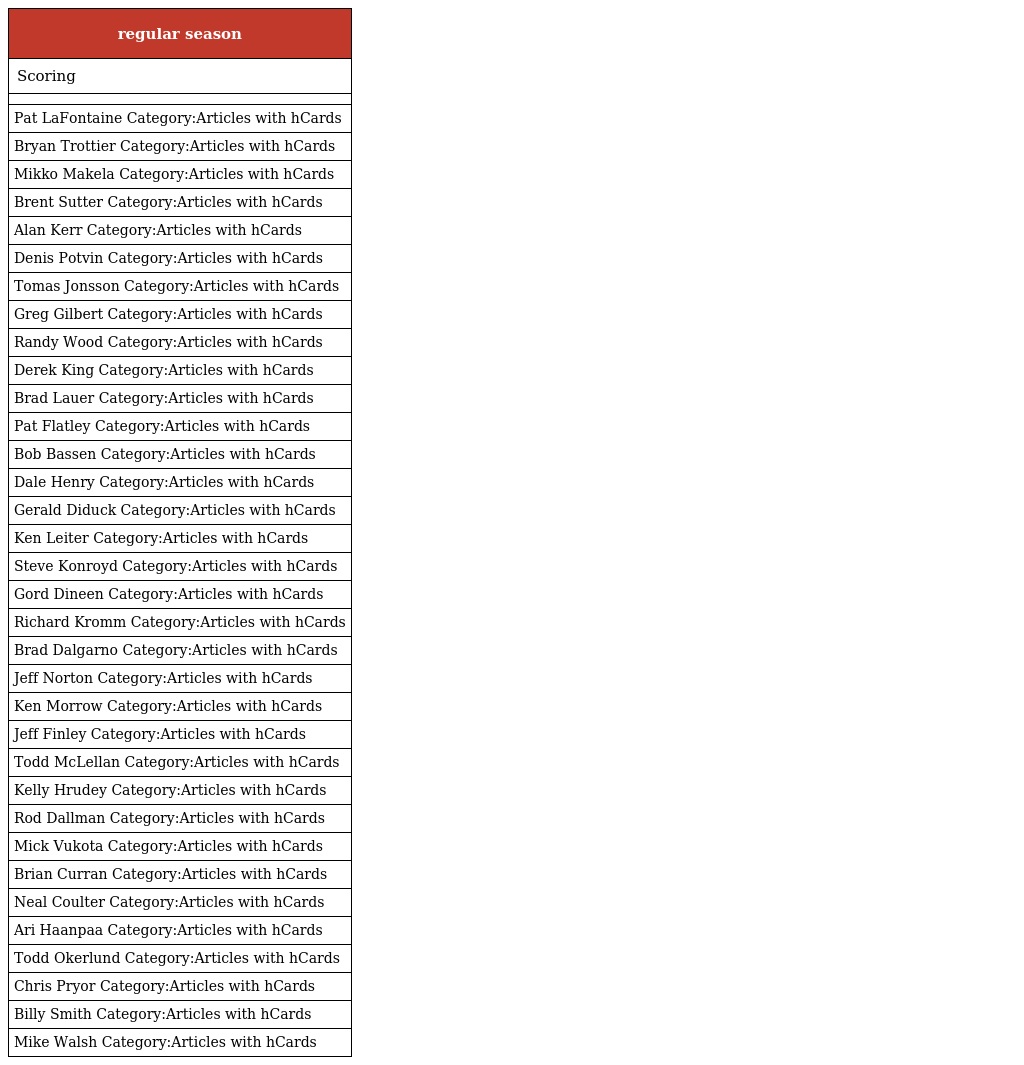
| regular season |
 | --- |
 | Scoring |
 |  |
 | Pat LaFontaine Category:Articles with hCards |
 | Bryan Trottier Category:Articles with hCards |
 | Mikko Makela Category:Articles with hCards |
 | Brent Sutter Category:Articles with hCards |
 | Alan Kerr Category:Articles with hCards |
 | Denis Potvin Category:Articles with hCards |
 | Tomas Jonsson Category:Articles with hCards |
 | Greg Gilbert Category:Articles with hCards |
 | Randy Wood Category:Articles with hCards |
 | Derek King Category:Articles with hCards |
 | Brad Lauer Category:Articles with hCards |
 | Pat Flatley Category:Articles with hCards |
 | Bob Bassen Category:Articles with hCards |
 | Dale Henry Category:Articles with hCards |
 | Gerald Diduck Category:Articles with hCards |
 | Ken Leiter Category:Articles with hCards |
 | Steve Konroyd Category:Articles with hCards |
 | Gord Dineen Category:Articles with hCards |
 | Richard Kromm Category:Articles with hCards |
 | Brad Dalgarno Category:Articles with hCards |
 | Jeff Norton Category:Articles with hCards |
 | Ken Morrow Category:Articles with hCards |
 | Jeff Finley Category:Articles with hCards |
 | Todd McLellan Category:Articles with hCards |
 | Kelly Hrudey Category:Articles with hCards |
 | Rod Dallman Category:Articles with hCards |
 | Mick Vukota Category:Articles with hCards |
 | Brian Curran Category:Articles with hCards |
 | Neal Coulter Category:Articles with hCards |
 | Ari Haanpaa Category:Articles with hCards |
 | Todd Okerlund Category:Articles with hCards |
 | Chris Pryor Category:Articles with hCards |
 | Billy Smith Category:Articles with hCards |
 | Mike Walsh Category:Articles with hCards |